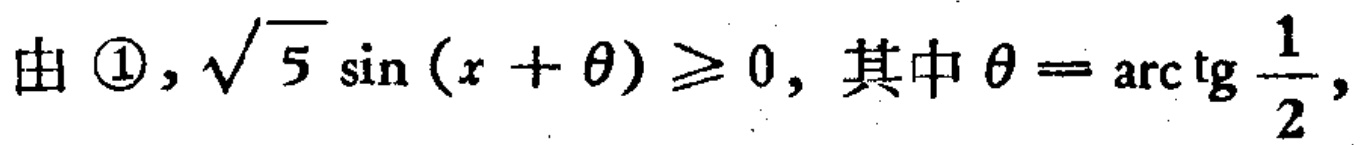
由 \textcircled{1}, $\sqrt{5} \sin (x + \theta) \geq 0$, 其中 $\theta = \arctan \frac{1}{2}$,